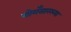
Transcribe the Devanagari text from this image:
गोगँसारख्या